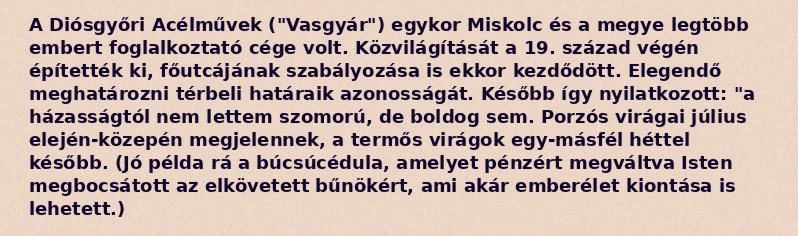
A Diósgyőri Acélművek ("Vasgyár") egykor Miskolc és a megye legtöbb embert foglalkoztató cége volt. Közvilágítását a 19. század végén építették ki, főutcájának szabályozása is ekkor kezdődött. Elegendő meghatározni térbeli határaik azonosságát. Később így nyilatkozott: "a házasságtól nem lettem szomorú, de boldog sem. Porzós virágai július elején-közepén megjelennek, a termős virágok egy-másfél héttel később. (Jó példa rá a búcsúcédula, amelyet pénzért megváltva Isten megbocsátott az elkövetett bűnökért, ami akár emberélet kiontása is lehetett.)